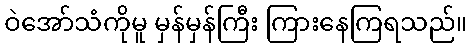
ဝဲအော်သံကိုမူ မှန်မှန်ကြီး ကြားနေကြရသည်။